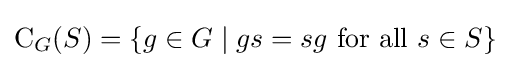
\mathrm {C} _{G}(S)=\{g\in G\mid gs=sg{\text{ for all }}s\in S\}